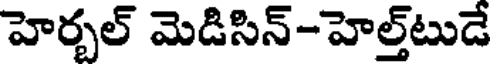
హెర్బల్ మెడిసిన్-హెల్త్టుడే